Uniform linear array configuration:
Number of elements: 32
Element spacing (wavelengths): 1
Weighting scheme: binomial
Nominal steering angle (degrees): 60
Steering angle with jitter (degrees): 58.376
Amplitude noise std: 0.05
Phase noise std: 0.05

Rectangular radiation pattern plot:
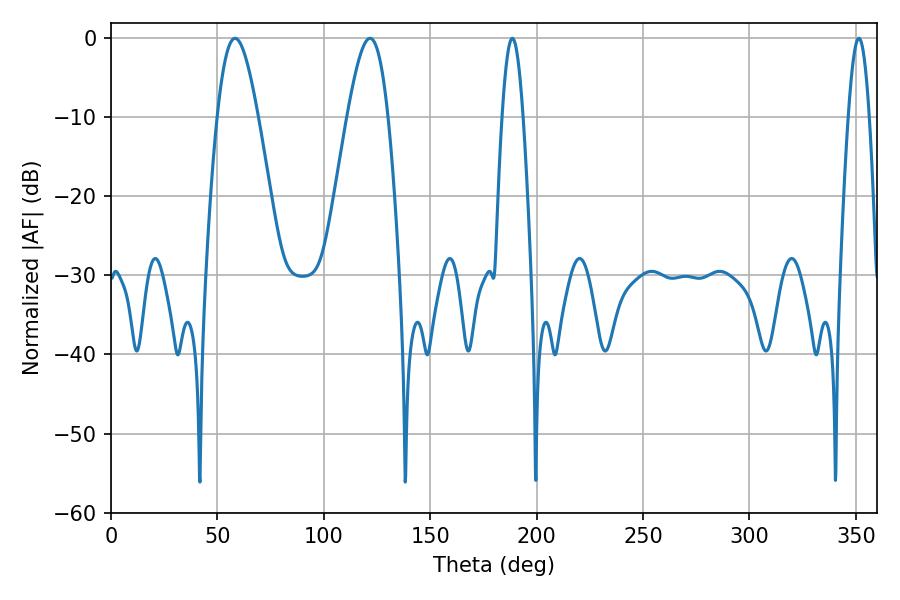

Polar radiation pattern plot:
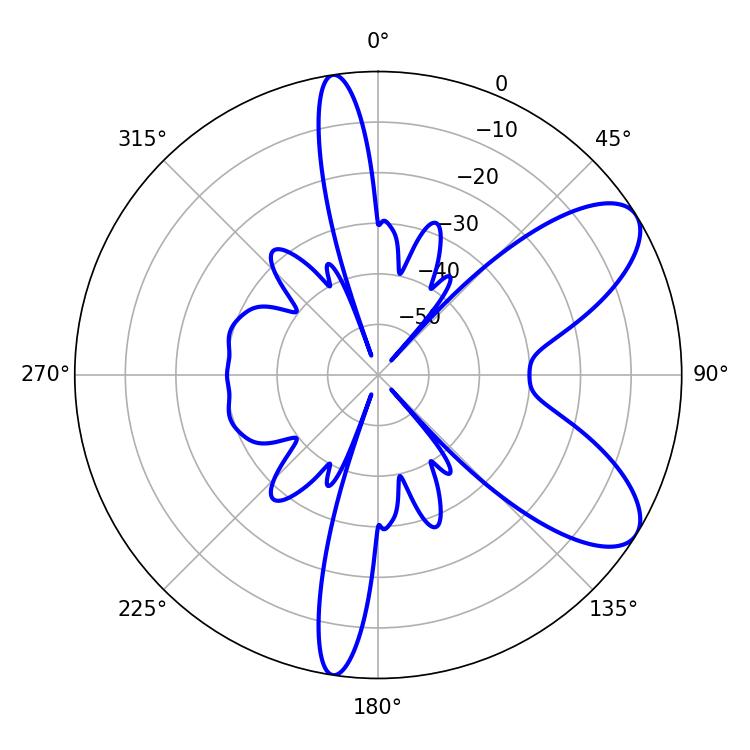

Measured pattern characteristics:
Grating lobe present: TRUE
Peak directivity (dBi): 8.174
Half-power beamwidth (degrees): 10.26
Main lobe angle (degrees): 121.68